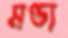
মণ্ডা